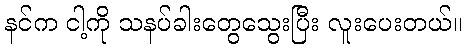
နင်က ငါ့ကို သနပ်ခါးတွေသွေးပြီး လူးပေးတယ်။